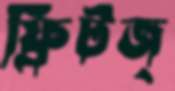
ফ্রিটজ্